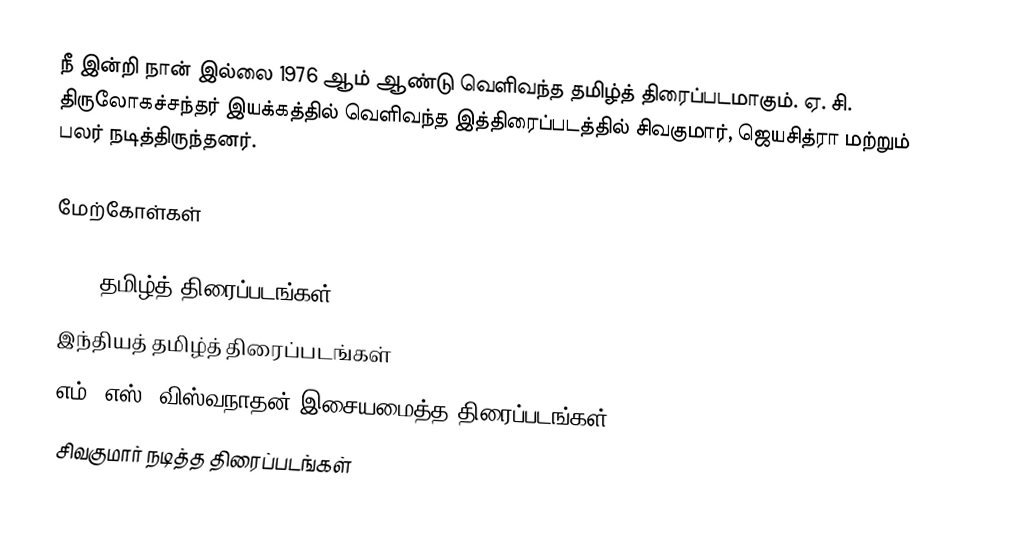
நீ இன்றி நான் இல்லை 1976 ஆம் ஆண்டு வெளிவந்த தமிழ்த் திரைப்படமாகும். ஏ. சி. திருலோகச்சந்தர் இயக்கத்தில் வெளிவந்த இத்திரைப்படத்தில் சிவகுமார், ஜெயசித்ரா மற்றும் பலர் நடித்திருந்தனர்.

மேற்கோள்கள்

1976 தமிழ்த் திரைப்படங்கள்
இந்தியத் தமிழ்த் திரைப்படங்கள்
எம். எஸ். விஸ்வநாதன் இசையமைத்த திரைப்படங்கள்
சிவகுமார் நடித்த திரைப்படங்கள்